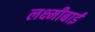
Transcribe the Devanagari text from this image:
लक्ष्‍मीबाई